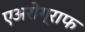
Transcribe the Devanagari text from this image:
एअरोग्राफ